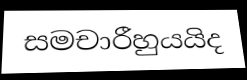
සමචාරීහුයයිද